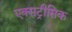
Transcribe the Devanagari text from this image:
एक्सट्रीसिक